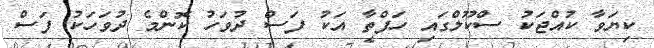
ކިޔަވާ ކުއްޖަކު ސްކޫލްގައި ހަފްތާ އަކު ފަސް ދުވަހު ކޮންމެ ދުވަހަކު ފަސް